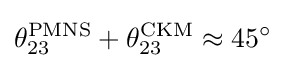
\theta _{23}^{\text{PMNS}}+\theta _{23}^{\text{CKM}}\approx 45^{\circ }